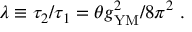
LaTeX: \lambda \equiv \tau _ { 2 } / \tau _ { 1 } = \theta g _ { \mathrm { Y M } } ^ { 2 } / 8 \pi ^ { 2 } ~ .